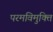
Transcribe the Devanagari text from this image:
परमविमुक्ति